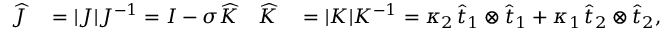
\begin{array} { r l r l } { \widehat { J } } & { { } = | J | J ^ { - 1 } = I - \sigma \widehat { K } } & { \widehat { K } } & { { } = | K | K ^ { - 1 } = \kappa _ { 2 } \, \widehat { t } _ { 1 } \otimes \widehat { t } _ { 1 } + \kappa _ { 1 } \, \widehat { t } _ { 2 } \otimes \widehat { t } _ { 2 } , } \end{array}